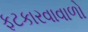
ફટકારવાવાળો